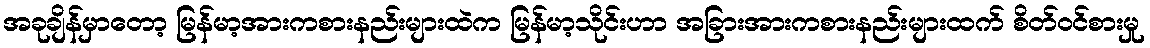
အခုချိန်မှာတော့ မြန်မာ့အားကစားနည်းများထဲက မြန်မာ့သိုင်းဟာ အခြားအားကစားနည်းများထက် စိတ်ဝင်စားမှု